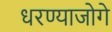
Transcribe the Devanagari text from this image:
धरण्याजोगे